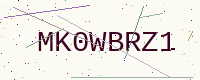
Text: MK0WBRZ1